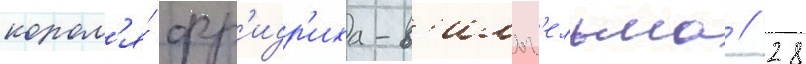
корол'я́ фр'идр'иха-в'ильг'ельма // 28